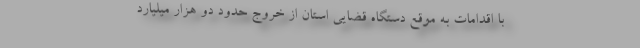
با اقدامات به موقع دستگاه قضایی استان از خروج حدود دو هزار میلیارد